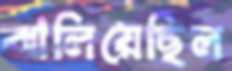
ঝালিয়েছিল